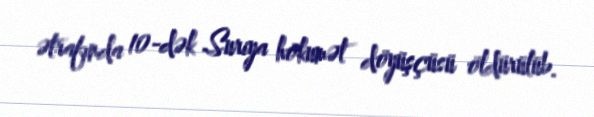
ətrafında 10-dək Suriya hökumət döyüşçüsü öldürülüb.